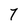
Character: 7